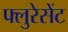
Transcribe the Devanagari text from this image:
फ्लुरेसेंट